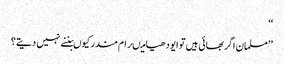
‘‘
’’مسلمان اگر بھائی ہیں تو ایودھیا میںرام مندر کیوںبننے نہیں دیتے؟